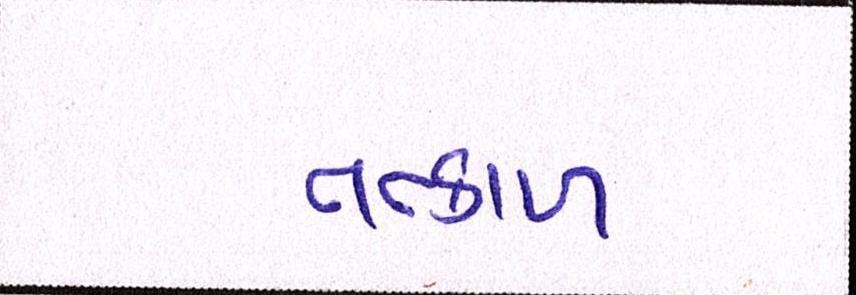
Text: તત્કાળ